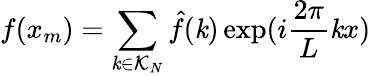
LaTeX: f(x_{m})=\sum_{\mathit{k}\in\mathcal{{K}}_{N}}\hat{{f}}(\mathit{k})\exp(i\frac{{2\pi}}{{L}}\mathit{k}x)